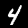
Label: 4